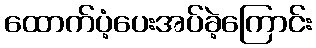
ထောက်ပံ့ပေးအပ်ခဲ့ကြောင်း